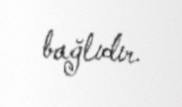
bağlıdır.